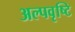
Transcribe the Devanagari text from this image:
अल्पवृष्टि